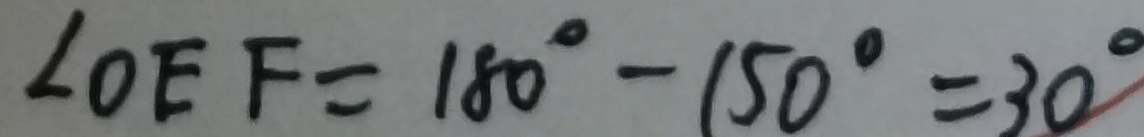
\angle O E F = 1 8 0 ^ { \circ } - 1 5 0 ^ { \circ } = 3 0 ^ { \circ }